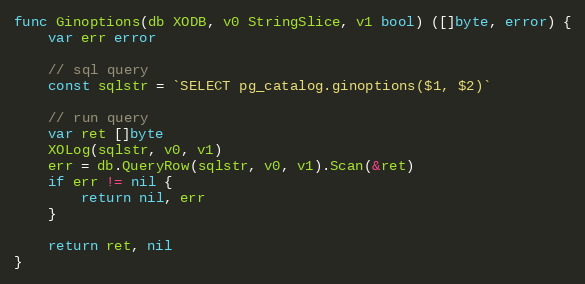
Language: Go
func Ginoptions(db XODB, v0 StringSlice, v1 bool) ([]byte, error) {
	var err error

	// sql query
	const sqlstr = `SELECT pg_catalog.ginoptions($1, $2)`

	// run query
	var ret []byte
	XOLog(sqlstr, v0, v1)
	err = db.QueryRow(sqlstr, v0, v1).Scan(&ret)
	if err != nil {
		return nil, err
	}

	return ret, nil
}